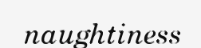
naughtiness